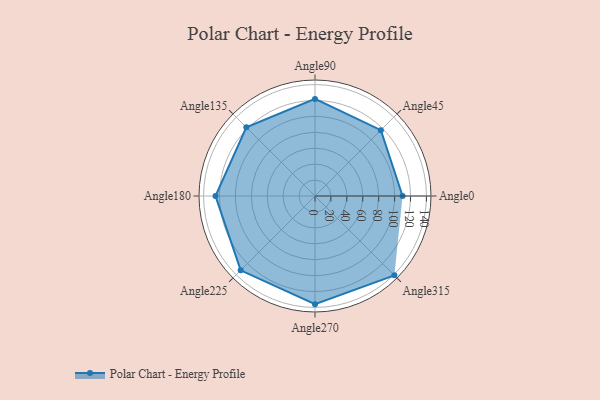
{"axis": {"x": "Angle", "y": "Radius"}, "legend": [""], "data": [{"x": "Angle0", "y": 110.0, "type": ""}, {"x": "Angle45", "y": 117.0, "type": ""}, {"x": "Angle90", "y": 122.0, "type": ""}, {"x": "Angle135", "y": 122.0, "type": ""}, {"x": "Angle180", "y": 125.0, "type": ""}, {"x": "Angle225", "y": 132.0, "type": ""}, {"x": "Angle270", "y": 136.0, "type": ""}, {"x": "Angle315", "y": 141.0, "type": ""}]}